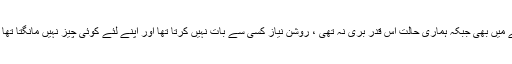
وہ کہنے لگی:” اُس زمانے میں بھی جبکہ ہماری حالت اس قدر بری نہ تھی ، روشن نیاز کسی سے بات نہیں کرتا تھا اور اپنے لئے کوئی چیز نہیں مانگتا تھا ، بس محنت کرتا رہتا تھا۔